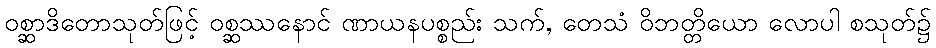
ဝစ္ဆာဒိတောသုတ်ဖြင့် ဝစ္ဆဿနောင် ဏာယနပစ္စည်း သက်, တေသံ ဝိဘတ္တိယော လောပါ စသုတ်၌